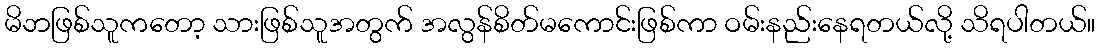
မိဘဖြစ်သူကတော့ သားဖြစ်သူအတွက် အလွန်စိတ်မကောင်းဖြစ်ကာ ဝမ်းနည်းနေရတယ်လို့ သိရပါတယ်။